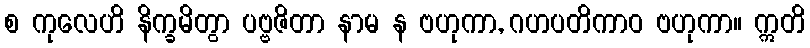
စ ကုလေဟိ နိက္ခမိတွာ ပဗ္ဗဇိတာ နာမ န ဗဟုကာ, ဂဟပတိကာဝ ဗဟုကာ။ ဣတိ